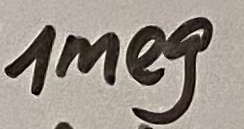
Text: 1meg